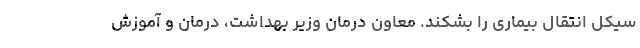
سیکل انتقال بیماری را بشکند. معاون درمان وزیر بهداشت، درمان و آموزش